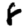
Digit: 8